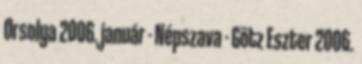
Orsolya 2006. január - Népszava - Götz Eszter 2006.